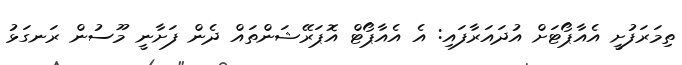
ތިމަރަފުށީ އެއާޕޯޓަށް އުދައަރާފައި: އެ އެއާޕޯޓް އޮޕަރޭޝަންތައް ދެން ފަށާނީ މޫސުން ރަނގަޅު